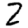
Digit: 2